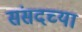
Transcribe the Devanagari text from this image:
संसदच्या